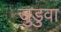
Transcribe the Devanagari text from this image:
जुडुवा